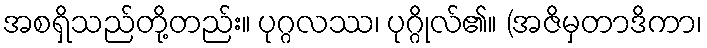
အစရှိသည်တို့တည်း။ ပုဂ္ဂလဿ၊ ပုဂ္ဂိုလ်၏။ (အဇိမှတာဒိကာ၊